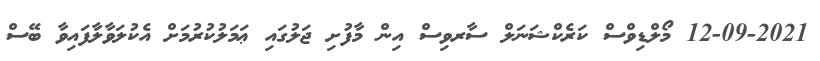
12-09-2021 މޯލްޑިވްސް ކަރެކްޝަނަލް ސާރވިސް އިން މާފުށި ޖަލުގައި ޢަމަލުކުރުމަށް އެކުލަވާލާފައިވާ ބޭސް